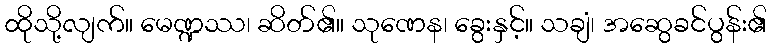
ထိုသို့လျက်။ မေဏ္ဍဿ၊ ဆိတ်၏။ သုဏေန၊ ခွေးနှင့်။ သချံ၊ အဆွေခင်ပွန်း၏